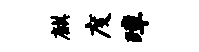
麒度璋